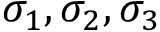
\sigma _ { 1 } , \sigma _ { 2 } , \sigma _ { 3 }